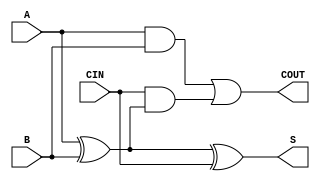
/*
This Verilog code contains a topmodule "adder_4bit" and a submodule "full_adder".
Performs a 4-bits full adder with a basic logical combination.
*/
module full_adder (                                         // Define a submodule full_adder
    input A,                                                // 1 bit data input A
    input B,                                                // 1 bit data input B
    input CIN,                                              // 1 bit data input CIN
    output S,                                               // 1 bit data output S
    output COUT                                             // 1 bit dat output COUT
);

    assign S = A ^ B ^ CIN;                                 // Set output "S" vaule as all inputs exclusive OR state
    assign COUT = (A & B) | (CIN & (A ^ B));                // Set output "COUT" vaule as a simple boolean algebra with all inputs which AB+CIN(AB)

endmodule


module adder_4bit (                                         // Define a topmodule adder_4bit
    input [3:0] A,                                          // 4-bits data inputs A
    input [3:0] B,                                          // 4-bits data inputs B
    input CIN,                                              // 1 bit data input CIN
    output [3:0] S,                                         // 4-bits data outputs S
    output COUT                                             // 1 bit data output COUT
);

    wire [3:0] c;                                           // Define a connection "c" with 4 bits
    full_adder fa0(A[0], B[0], CIN, S[0], c[0]);            // Call submodule "full_adder" named "fa0" with 5 ports A[0], B[0], CIN, S[0] and c[0] concise code format using positional arguments
    full_adder fa1(A[1], B[1], c[0], S[1], c[1]);           // Call submodule "full_adder" named "fa1" with 5 ports A[1], B[1], c[0], S[1] and c[1] concise code format using positional arguments
    full_adder fa2(A[2], B[2], c[1], S[2], c[2]);           // Call submodule "full_adder" named "fa2" with 5 ports A[2], B[2], c[1], S[2] and c[2] concise code format using positional arguments
    full_adder fa3(A[3], B[3], c[2], S[3], COUT);           // Call submodule "full_adder" named "fa0" with 5 ports A[3], B[3], c[2], S[3] and COUT concise code format using positional arguments

endmodule